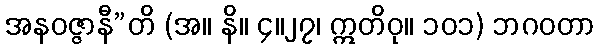
အနဝဇ္ဇာနီ”တိ (အ။ နိ။ ၄။၂၇၊ ဣတိဝု။ ၁၀၁) ဘဂဝတာ